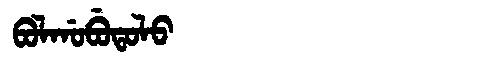
Manchu: ᠪᠣᠯᡤᠣᠪᡠᡨᠣᠯᠣ
Romanization: BOLGOBUTOLO